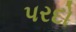
પરદો